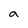
Character: a